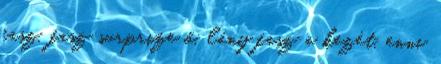
fasz, fasz surprize ő, lány fasz a kezét, enni